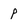
Character: P